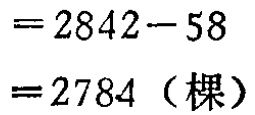
\[
\begin{align*}
&=2842 - 58\\
&=2784\ (\text{棵})
\end{align*}
\]